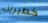
خطيرين